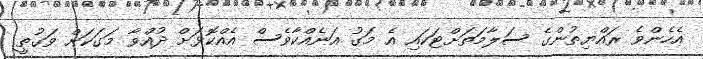
އެހެންވެ ރައްޔިތުންގެ ސަލާމަތަށްޓަކައި އެ މަގު އަނެއްކާވެސް އެއްކޮޅަށް ދުއްވާ މަގަކަށް ވަގުތީ